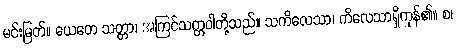
မင်းမြတ်။ ယေတေ သတ္တာ၊ အကြင်သတ္တဝါတို့သည်။ သကိလေသာ၊ ကိလေသာရှိကုန်၏။ စ၊